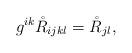
LaTeX: \begin{align*}g^{ik}\mathring{R}_{ijkl}=\mathring{R}_{jl},\end{align*}